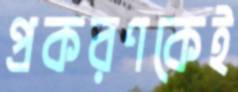
প্রকরণকেই